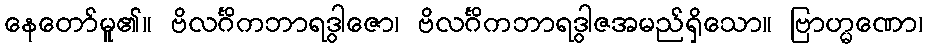
နေတော်မူ၏။ ဗိလင်္ဂိကဘာရဒွါဇော၊ ဗိလင်္ဂိကဘာရဒွါဇအမည်ရှိသော။ ဗြာဟ္မဏော၊